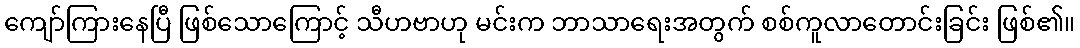
ကျော်ကြားနေပြီ ဖြစ်သောကြောင့် သီဟဗာဟု မင်းက ဘာသာရေးအတွက် စစ်ကူလာတောင်းခြင်း ဖြစ်၏။